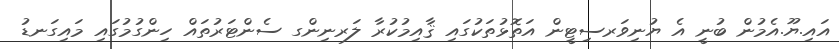
އައި.ޔޫ.އެމުން ބުނީ އެ ޔުނިވަރސިޓީން އަތޮޅުތަކުގައި ޤާއިމުކުރާ ލަރނިންގ ސެންޓަރުތައް ހިންގުމުގައި މައިގަނޑު